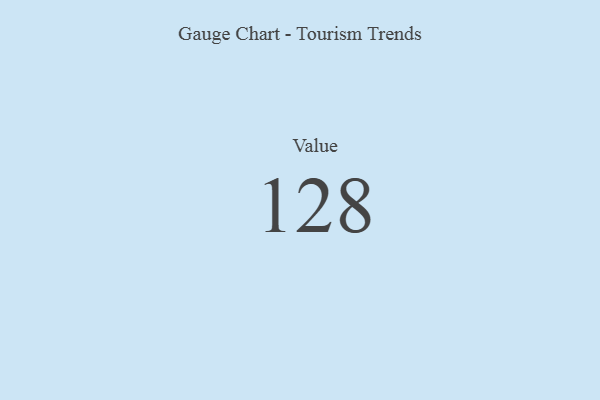
{"axis": {"x": "Metric", "y": "Value"}, "legend": [""], "data": [{"x": "Value", "y": 128, "type": ""}]}